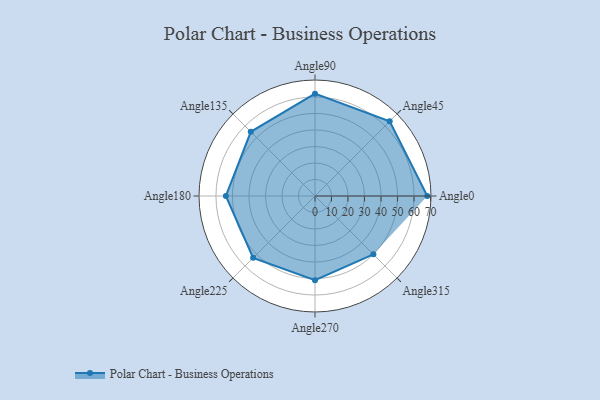
{"axis": {"x": "Angle", "y": "Radius"}, "legend": [""], "data": [{"x": "Angle0", "y": 68.0, "type": ""}, {"x": "Angle45", "y": 64.0, "type": ""}, {"x": "Angle90", "y": 62.0, "type": ""}, {"x": "Angle135", "y": 55.0, "type": ""}, {"x": "Angle180", "y": 54.0, "type": ""}, {"x": "Angle225", "y": 53.0, "type": ""}, {"x": "Angle270", "y": 51.0, "type": ""}, {"x": "Angle315", "y": 50, "type": ""}]}